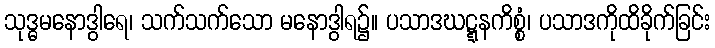
သုဒ္ဓမနောဒွါရေ၊ သက်သက်သော မနောဒွါရ၌။ ပသာဒဃဋ္ဋနကိစ္စံ၊ ပသာဒကိုထိခိုက်ခြင်း